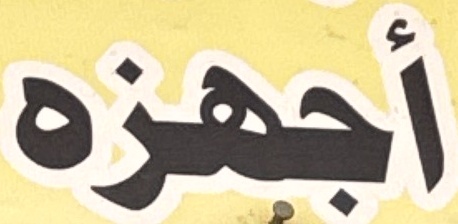
أجهزە